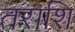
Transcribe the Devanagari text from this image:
तराशि